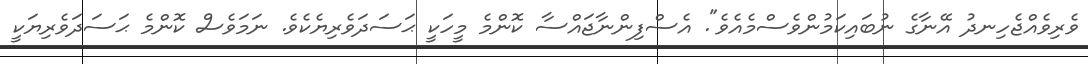
ވެރިވެއްޖެހިނދު އޭނާގެ ނުބައިކަމުންވެސްމެއެވެ". އެސްފިންނާޖައްސާ ކޮންމެ މީހަކީ ޙަސަދަވެރިޔެކެވެ. ނަމަވެސް ކޮންމެ ޙަސަދަވެރިޔަކީ